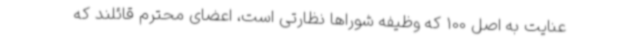
عنایت به اصل 100 که وظیفه شوراها نظارتی است، اعضای محترم قائلند که